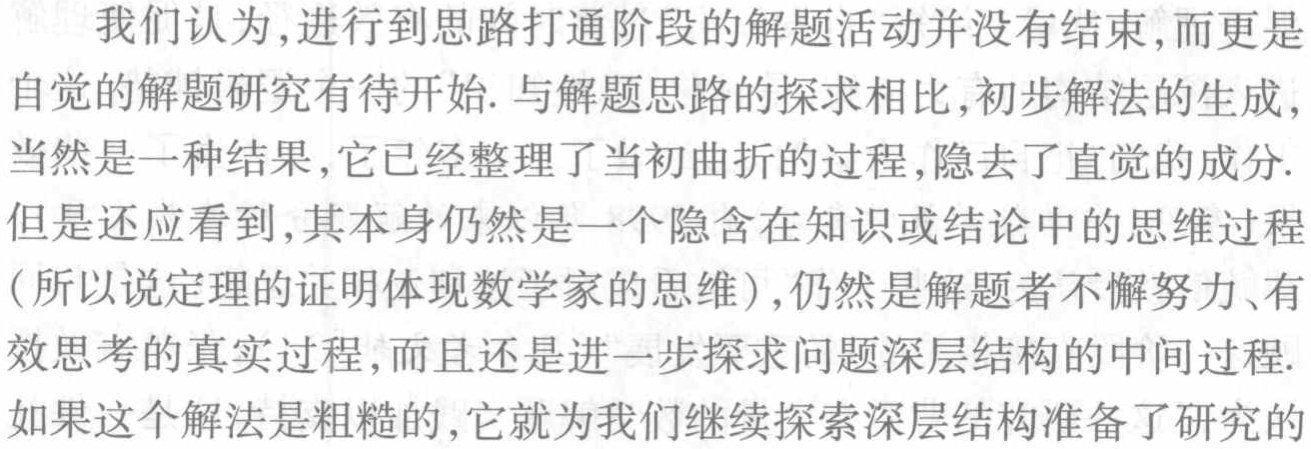
我们认为,进行到思路打通阶段的解题活动并没有结束,而更是自觉的解题研究有待开始. 与解题思路的探求相比,初步解法的生成,当然是一种结果,它已经整理了当初曲折的过程,隐去了直觉的成分.但是还应看到,其本身仍然是一个隐含在知识或结论中的思维过程(所以说定理的证明体现数学家的思维),仍然是解题者不懈努力、有效思考的真实过程,而且还是进一步探求问题深层结构的中间过程.如果这个解法是粗糙的,它就为我们继续探索深层结构准备了研究的